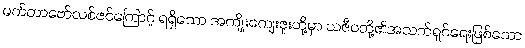
မက်တာဗော်လစ်ဇင်ကြောင့် ရရှိသော အကျိုးကျေးဇူးတို့မှာ သဇီဝတို့၏အသက်ရှင်ရေးဖြစ်သော